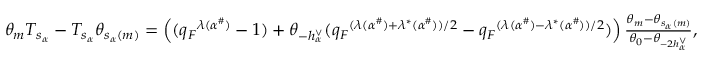
\begin{array} { r } { \theta _ { m } T _ { s _ { \alpha } } - T _ { s _ { \alpha } } \theta _ { s _ { \alpha } ( m ) } = \left( ( { q _ { F } } ^ { \lambda ( \alpha ^ { \# } ) } - 1 ) + \theta _ { - h _ { \alpha } ^ { \vee } } ( { q _ { F } } ^ { ( \lambda ( \alpha ^ { \# } ) + \lambda ^ { * } ( \alpha ^ { \# } ) ) / 2 } - { q _ { F } } ^ { ( \lambda ( \alpha ^ { \# } ) - \lambda ^ { * } ( \alpha ^ { \# } ) ) / 2 } ) \right) \frac { \theta _ { m } - \theta _ { s _ { \alpha } ( m ) } } { \theta _ { 0 } - \theta _ { - 2 h _ { \alpha } ^ { \vee } } } , } \end{array}